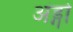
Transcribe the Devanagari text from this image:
अंड्गो